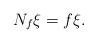
LaTeX: \begin{align*}N_f\xi=f\xi.\end{align*}